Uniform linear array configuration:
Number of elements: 16
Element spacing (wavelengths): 0.75
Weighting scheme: blackman
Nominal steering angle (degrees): -45
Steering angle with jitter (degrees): -43.816
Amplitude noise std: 0.05
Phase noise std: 0.05

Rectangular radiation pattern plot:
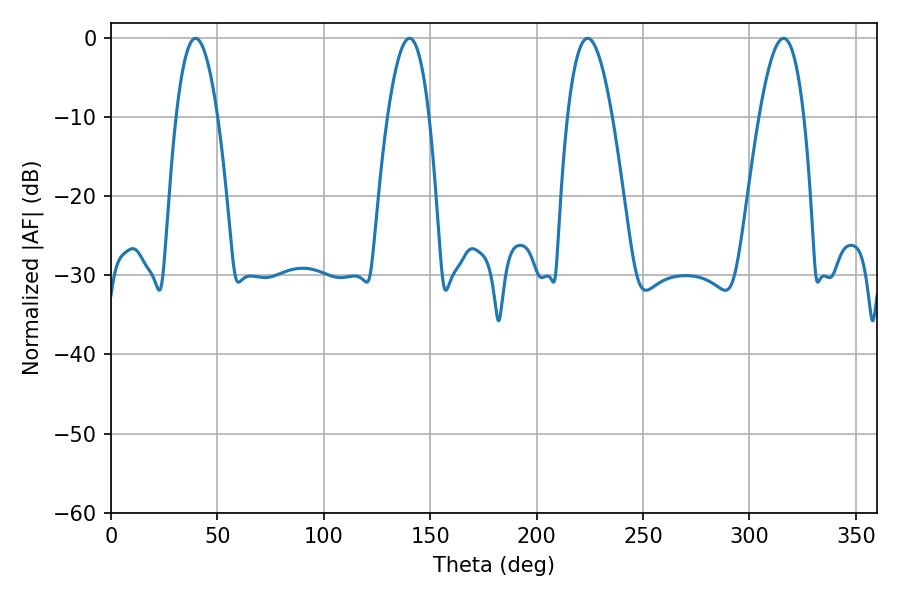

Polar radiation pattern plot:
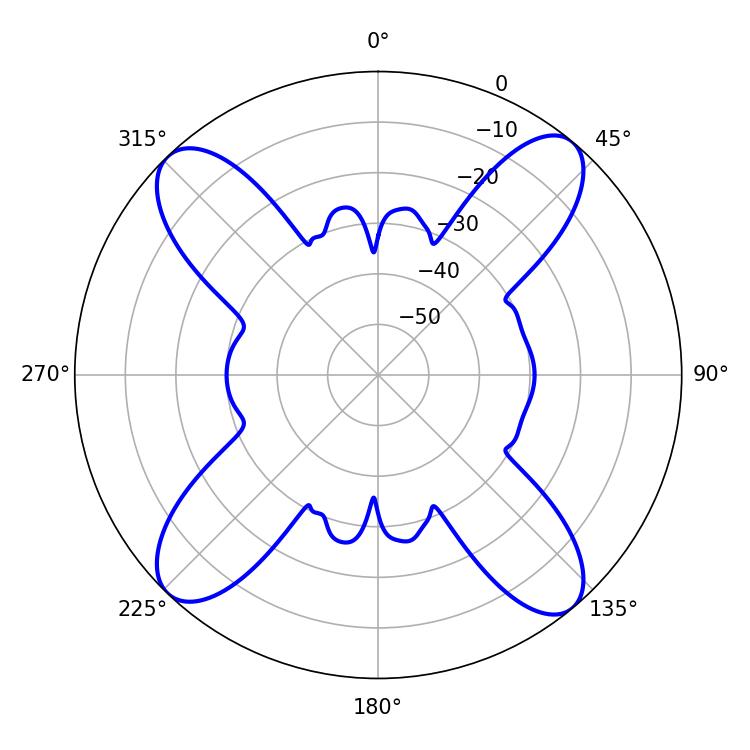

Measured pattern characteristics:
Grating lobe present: TRUE
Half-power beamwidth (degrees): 11.52
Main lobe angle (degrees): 223.92